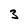
Character: 3